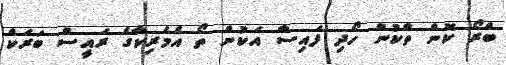
ބްރޯ ކޮން ތާކުން ހޯދި ފައިސާ އަކުން ތޯ އެމެރިކާގެ ރައީސް ބަރަކް